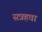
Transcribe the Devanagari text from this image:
सत्रहवा